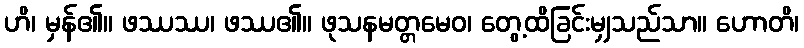
ဟိ၊ မှန်၏။ ဖဿဿ၊ ဖဿ၏။ ဖုသနမတ္တမေဝ၊ တွေ့ထိခြင်းမျှသည်သာ။ ဟောတိ၊